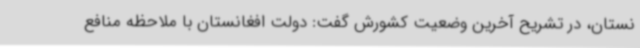
نستان، در تشریح آخرین وضعیت کشورش گفت: دولت افغانستان با ملاحظه منافع